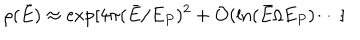
LaTeX: \rho ( \bar { E } ) \approx \exp [ 4 \pi ( \bar { E } / E _ { P } ) ^ { 2 } + { \cal O } ( \ln ( \bar { E } / E _ { P } ) \cdots ]